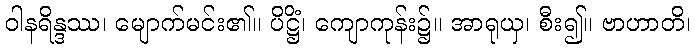
ဝါနရိန္ဒဿ၊ မျောက်မင်း၏။ ပိဋ္ဌိံ၊ ကျောကုန်း၌။ အာရုယှ၊ စီး၍။ ဗာဟာတိ၊